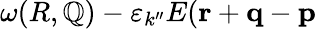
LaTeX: \omega(R,\mathbb{Q})-\varepsilon_{k^{\prime\prime}}E({\mathbf{r}}+{\mathbf{q}}-{\mathbf{p}}